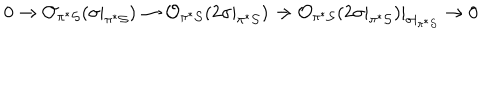
LaTeX: 0 \rightarrow { \cal O } _ { \pi ^ { * } { \cal S } } ( \sigma | _ { \pi ^ { * } { \cal S } } ) \rightarrow { \cal O } _ { \pi ^ { * } { \cal S } } ( 2 \sigma | _ { \pi ^ { * } { \cal S } } ) \rightarrow { \cal O } _ { \pi ^ { * } { \cal S } } ( 2 \sigma | _ { \pi ^ { * } { \cal S } } ) | _ { \sigma | _ { \pi ^ { * } { \cal S } } } \rightarrow 0